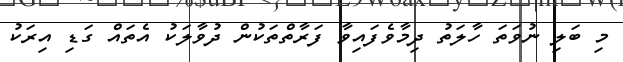
މި ބަލި ނުވަތަ ހާލަތު ދިމާވެފައިވާ ފަރާތްތަކުން ދުވާލަކު އެތައް ގަޑި އިރަކު